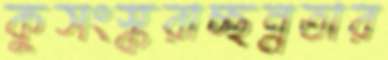
কুসংস্করাচ্ছন্নতার